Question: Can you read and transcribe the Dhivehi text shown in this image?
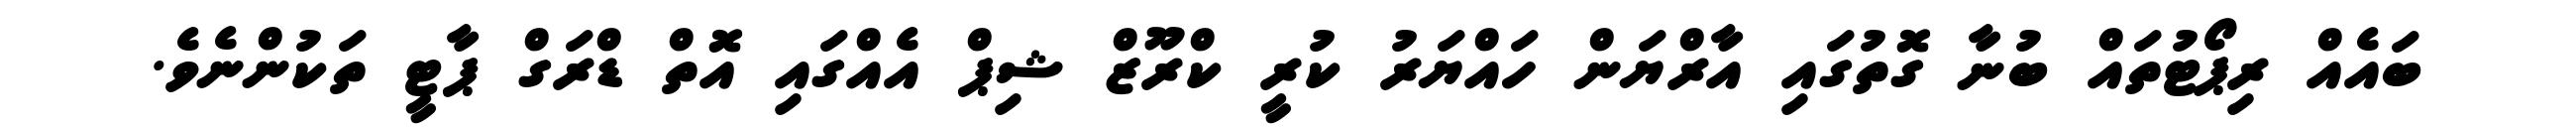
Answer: ބައެއް ރިޕޯޓުތައް ބުނާ ގޮތުގައި އާރްޔަން ހައްޔަރު ކުރީ ކްރޫޒް ޝިޕް އެއްގައި އޮތް ޑްރަގް ޕާޓީ ތަކުންނެވެ.